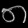
Digit: ၈